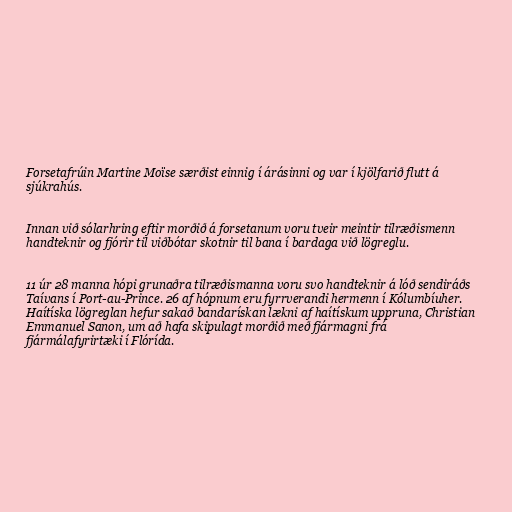
Forsetafrúin Martine Moïse særðist einnig í árásinni og var í kjölfarið flutt á
sjúkrahús.

Innan við sólarhring eftir morðið á forsetanum voru tveir meintir tilræðismenn
handteknir og fjórir til viðbótar skotnir til bana í bardaga við lögreglu.

11 úr 28 manna hópi grunaðra tilræðismanna voru svo handteknir á lóð sendiráðs
Taívans í Port-au-Prince. 26 af hópnum eru fyrrverandi hermenn í Kólumbíuher.
Haítíska lögreglan hefur sakað bandarískan lækni af haítískum uppruna, Christian
Emmanuel Sanon, um að hafa skipulagt morðið með fjármagni frá
fjármálafyrirtæki í Flórída.